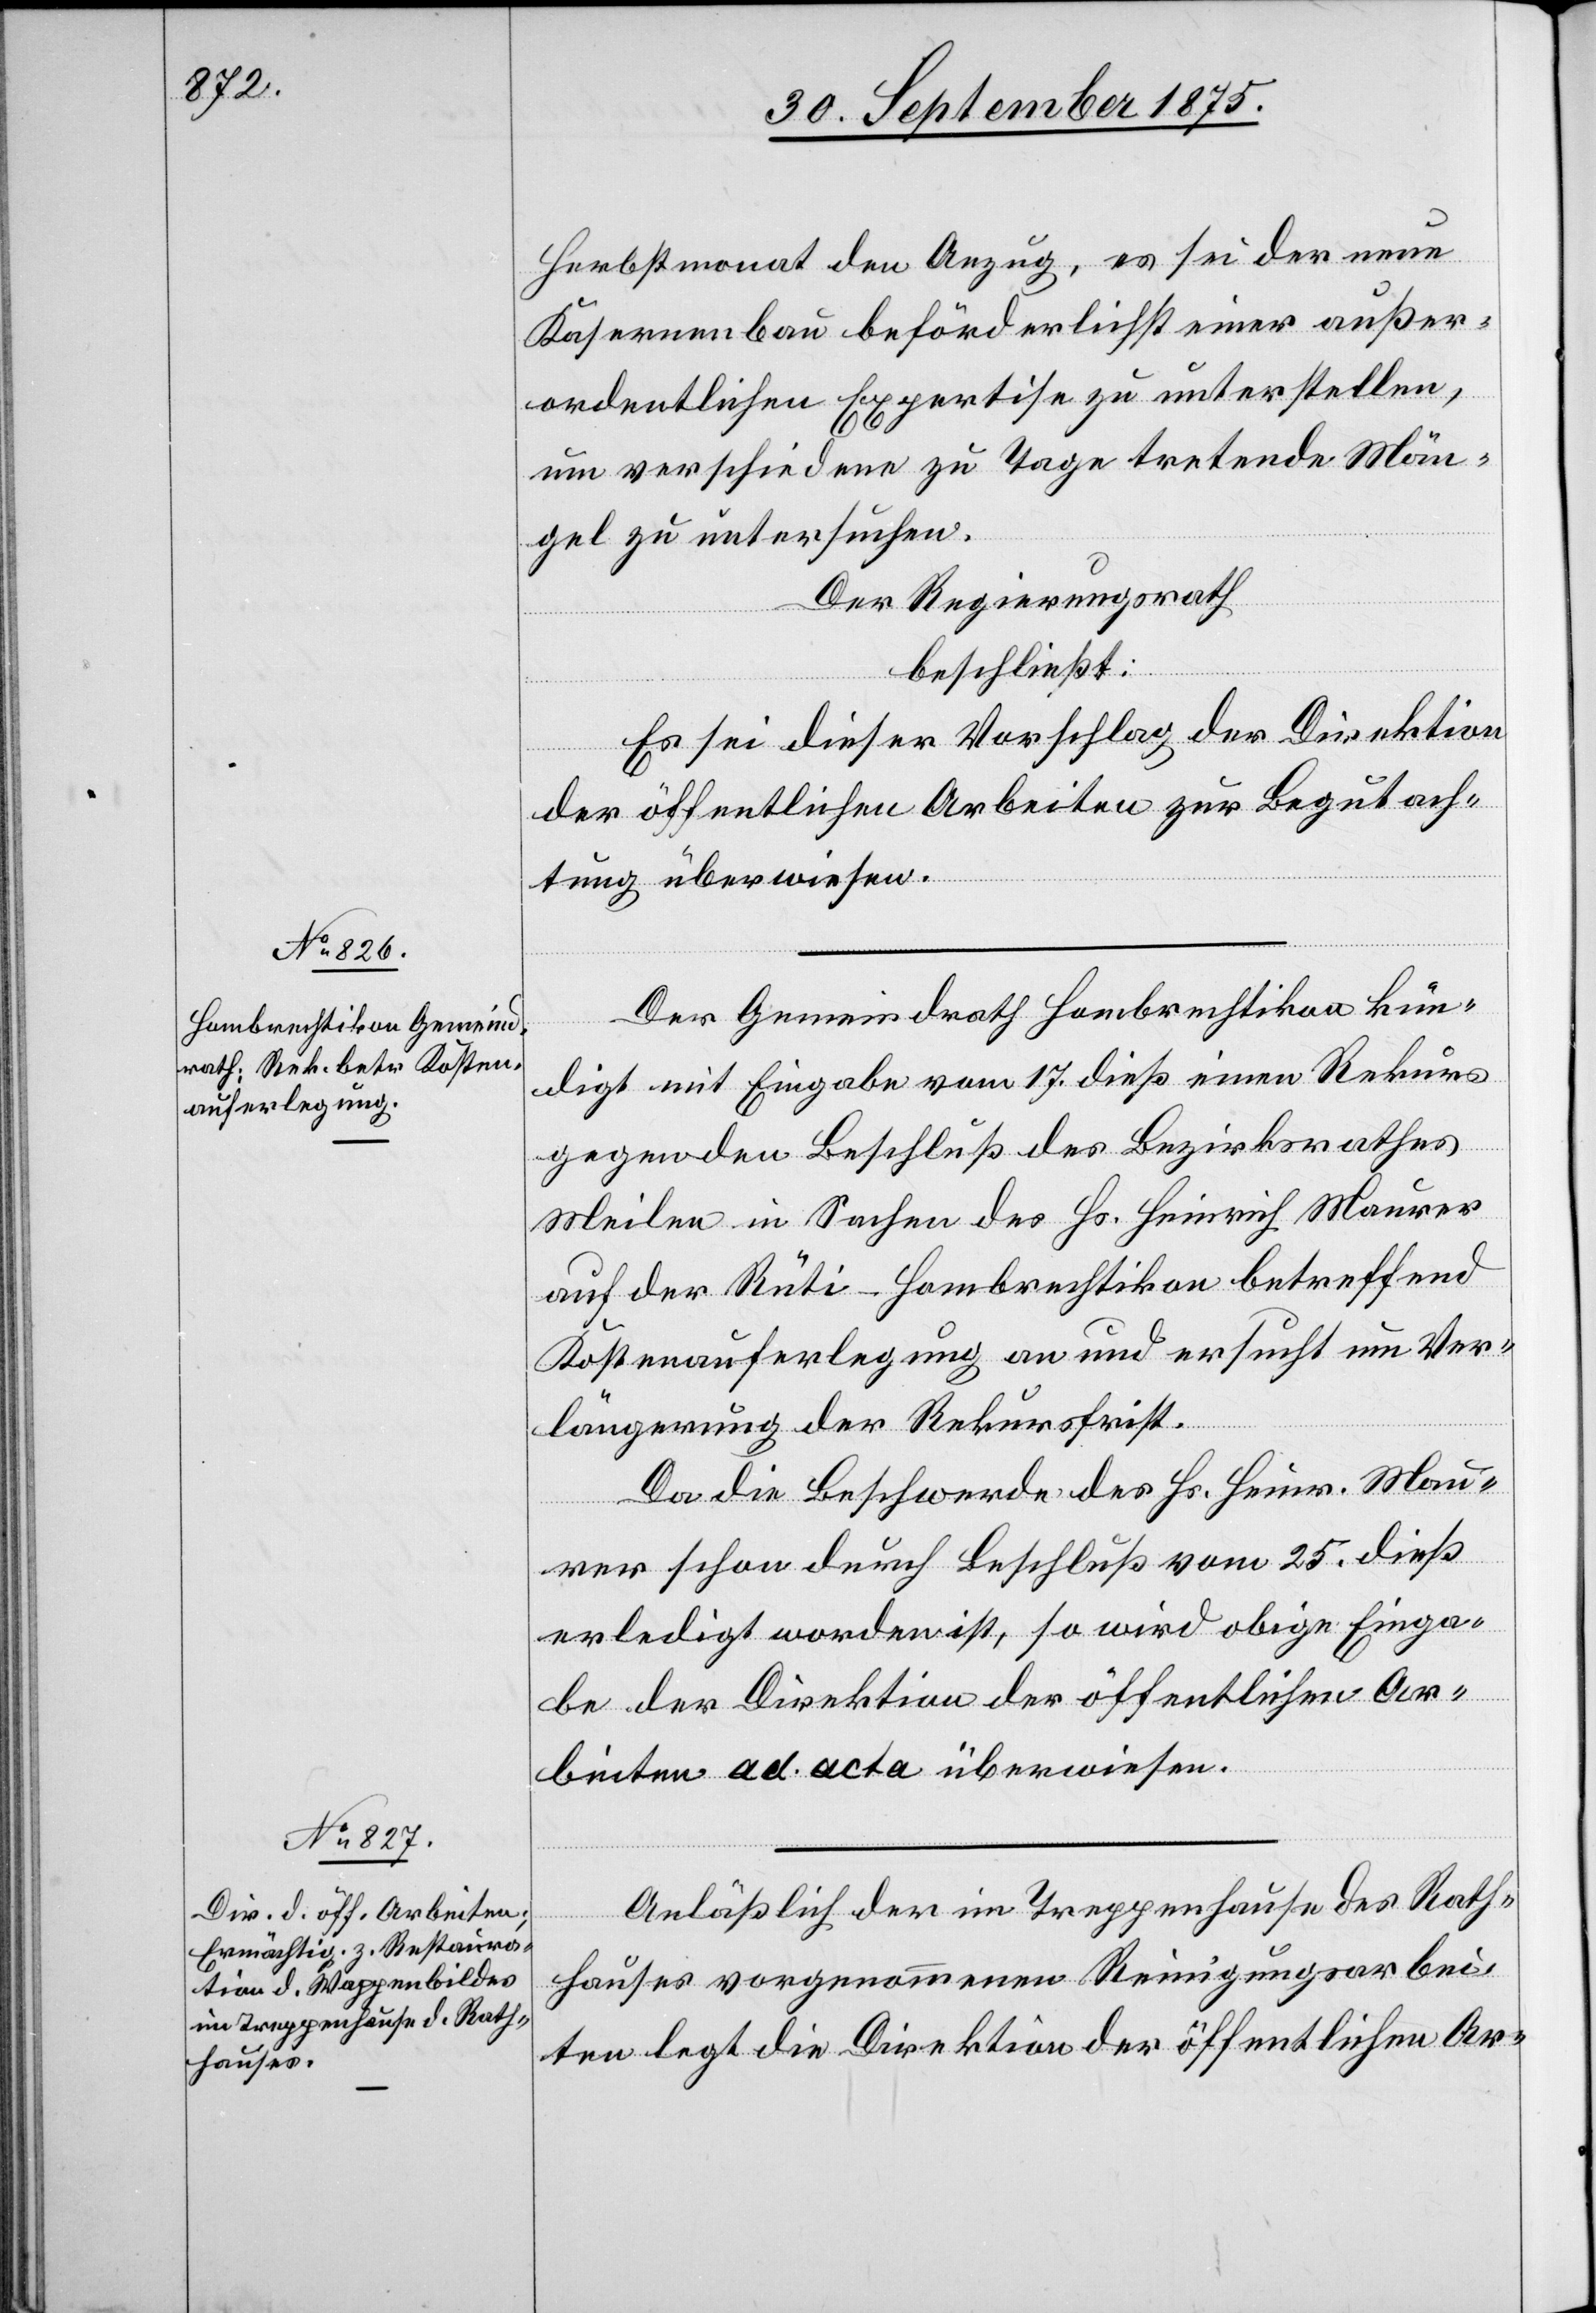
Herbstmonat den Anzug, es sei der neue
Kasernenbau beförderlichst einer außer¬
ordentlichen Expertise zu unterstellen,
um verschiedene zu Tage tretende Män¬
gel zu untersuchen.
Der Regierungsrath
beschließt:
Es sei dieser Vorschlag der Direktion
der öffentlichen Arbeiten zur Begutach¬
tung überwiesen.
Der Gemeindrath Hombrechtikon kün¬
digt mit Eingabe vom 17. dieß einen Rekurs
gegen den Beschluß des Bezirksrathes
Meilen in Sachen des Hs. Heinrich Maurer
auf der Rüti - Hombrechtikon betreffend
Kostenauferlegung an und ersucht um Ver¬
längerung der Rekursfrist.
Da die Beschwerde des Hs. Heinr. Mau¬
rer schon durch Beschluß vom 25. dieß
erledigt worden ist, so wird obige Einga¬
be der Direktion der öffentlichen Ar¬
beiten ad. acta überwiesen.
Anläßlich der im Treppenhause des Rath¬
hauses vorgenommenen Reinigungsarbei¬
ten legt die Direktion der öffentlichen Ar-